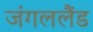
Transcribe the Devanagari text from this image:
जंगललैंड